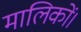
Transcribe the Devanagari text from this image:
मालिकों।